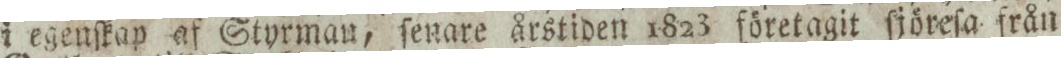
i egenſkap af Styrman, ſenare årstiden 1823 företagit ſjöreſa från